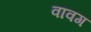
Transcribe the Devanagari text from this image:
वावग